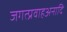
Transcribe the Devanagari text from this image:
जगत्प्रवाहअनादि